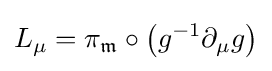
L_{\mu }=\pi _{\mathfrak {m}}\circ \left(g^{-1}\partial _{\mu }g\right)